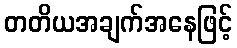
တတိယအချက်အနေဖြင့်